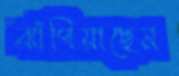
ঝাঁপিয়াছেন